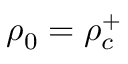
\rho _ { 0 } = \rho _ { c } ^ { + }